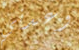
وعدني